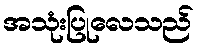
အသုံးပြုလေသည်